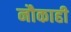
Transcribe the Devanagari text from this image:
नौकाही